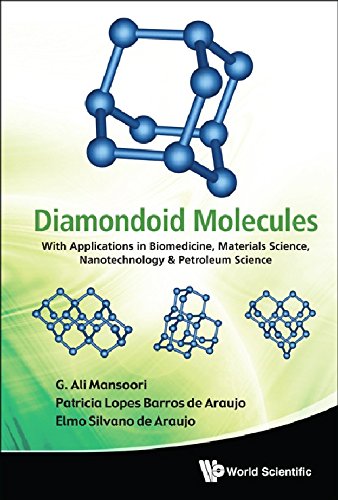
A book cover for Diamondoid Molecules: With Applications in Biomedicine, Materials Science, Nanotechnology & Petroleum Science; G Ali Mansoori; Science & Math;